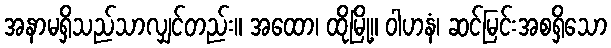
အနာမရှိသည်သာလျှင်တည်း။ အထော၊ ထိုမြို့။ ဝါဟနံ၊ ဆင်မြင်းအစရှိသော